Lunatic asylums in Bengal annual reports 1888-1898 - 1888-1898
Year: 1888
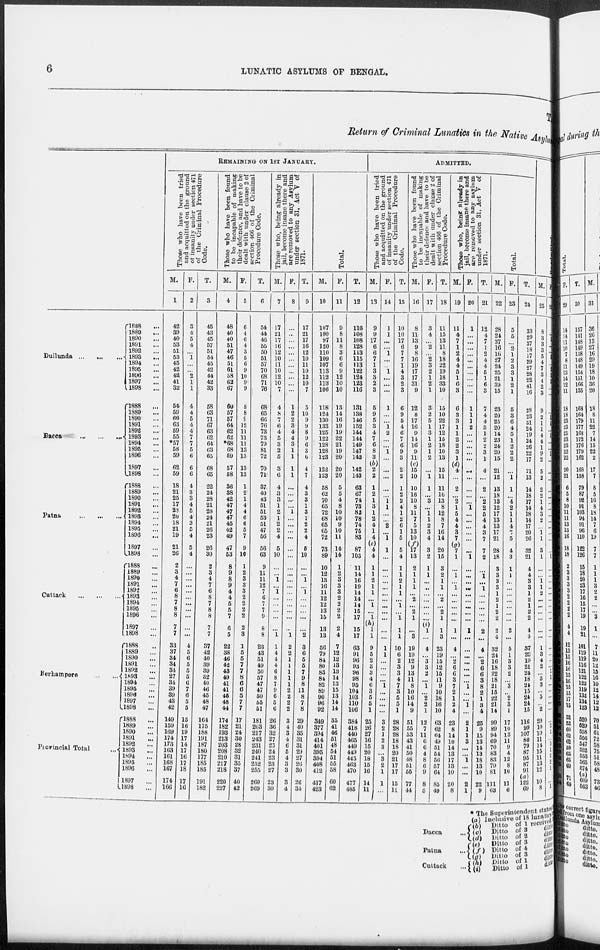
6
LUNATIC ASYLUMS OF BENGAL.
T
Return of Criminal Lunatics in the Native Asy1um
Dullunda
... ... ...
Dacca
...
...
...
Patna
...
...
...
Cuttack
...
...
...
Berhampore
...
...
Provincial Total
...
1888 ...
1889 ...
1890 ...
1891 ...
1892 ...
1893 ...
1894 ...
1895 ...
1896 ...
1897 ...
1898
...
1888 ...
1889 ...
1890 ...
1891 ...
1892 ...
1893 ...
1894 ...
1895 ...
1896 ...
1897 ...
1898 ...
1888 ...
1889 ...
1890 ...
1891 ...
1892 ...
1893 ...
1894 ...
1895 ...
1896 ...
1897 ...
1898 ...
1888 ...
1889 ...
1890 ...
1891 ...
1892 ...
1893 ...
1894 ...
1895 ...
1896 ...
1897 ...
1898 ...
1888 ...
1889 ...
1890 ...
1891 ...
1892 ...
1893 ...
1894 ...
1895 ...
1896 ...
1897 ...
1898 ...
1888 ...
1889 ...
1890 ...
1891 ...
1892 ...
1893 ...
1894 ...
1895 ...
1896 ...
1897 ...
1898
...
REMAINING ON 1ST JANUARY.
Those who have been tried
and acquitted on the ground
of insanity under section 471
of the Criminal Procedure
Code.
M.
1
42
39
40
53
51
53
45
42
42
41
32
54
59
66
63
59
55
*57
58
59
62
59
18
21
25
17
23
20
18
21
19
21
26
2
3
4
7
6
8
7
8
8
7
7
33
37
34
34
34
27
34
39
39
43
42
149
159
169
174
173
163
161
168
167
174
166
F.
2
3
4
5
4
...
1
...
... 2
1
1
4
4
5
4
4
7
7
5
6
6
6
4
3
3
4
5
4
3
5
4
5
4
...
... ...
...
...
...
...
...
...
...
...
4
5
6
5
5
5
6
7
6
5
5
15
16
19
17
14
17
16
17
18
17
16
T.
3
45
43
45
57
51
54
45
42
44
42
33
58
63
71
67
63
62
64
63
65
68
65
22
24
28
21
28
24
21
26
23
26
30
2
3
4
7
6
8
7
8
8
7
7
37
42
40
39
39
32
40
46
45
48
47
164
175
188
191
187
180
177
185
185
191
182
Those who have been found
to be incapable of making
their defence, and have to be
dealt with under clause 2 of
section 466 of the Criminal
Procedure Code.
M.
4
48
40
40
51
47
46
51
61
58
62
67
60
57
57
64
62
62
*68
68
59
57
58
36
38
42
47
47
47
45
42
49
47
53
8
9
8
9
4
4
5
5
7
6
5
22
38
46
42
43
49
41
41
45
48
44
174
182
193
213
203
208
210
217
218
220
227
F.
5
6
4
6
4
3
5
6
9
10
9
9
8
8
9
12
11
11
11
13
13
13
13
1
2
1
4
4
6
6
5
7
9
10
1
2
3
3
3
2
2
2
2
2
3
1
5
5
7
7
8
6
6
5
7
7
17
21
24
30
28
32
31
35
37
40
42
T.
6
54
44
46
55
50
51
57
70
68
71
76
68
65
66
76
73
73
79
81
72
70
71
37
40
43
51
51
53
51
47
56
56
63
9
11
11
12
7
6
7
7
9
8
8
23
43
51
49
50
57
47
47
50
55
51
181
203
217
243
231
240
241
252
255
260
269
Those who, being already in
jail, become insane there and
are removed to any Asylum
under section 31, Act V of
1871.
M.
7
17
21
17
16
12
10
11
10
12
10
7
4
8
7
6
4
5
3
2
5
3
6
4
3
3
1
2
1
2
2
4
5
10
...
...
1
...
1
...
...
...
...
...
1
1
4
4
4
6
8
7
9
6
5
6
26
36
32
27
25
24
23
23
27
23
30
F.
8
...
...
...
... ...
...
...
...
...
...
...
1
2
2
3
4
4
3
1
1
1
1
...
...
... ...
1
...
...
...
...
...
...
...
...
...
...
...
...
...
...
...
... 1
2
2
1
1
1
1
1
2
2
2
2
3
4
3
4
6
5
4
3
3
3
4
T.
9
17
21
17
16
12
10
11
10
12
10
7
5
10
9
9
8
9
6
3
6
4
7
4
3
3
1
3
1
2
2
4
6
10
...
...
1
... 1
...
...
...
...
... 2
3
6
5
5
7
9
8
11
8
7
8
29
40
35
31
31
29
27
26
30
26
34
Total.
M.
10
107
100
97
120
110
109
107
113
112
113
106
118
124
130
133
125
122
128
128
123
122
123
58
62
70
65
72
68
65
65
72
73
89
10
12
13
16
11
12
12
13
15
13
13
56
79
84
80
83
84
82
89
90
96
92
349
377
394
414
401
395
394
408
412
417
423
F.
11
9
8
11
8
3
6
6
9
12
10
10
13
14
16
19
19
22
21
19
20
20
20
5
5
4
8
10
10
9
10
11
14
14
1
2
3
3
3
2
2
2
2
2
4
7
12
12
13
13
14
13
15
13
14
14
35
41
46
51
48
54
51
55
58
60
62
T.
12
116
108
108
128
113
115
113
122
124
123
116
131
138
146
152
144
144
149
147
143
142
143
63
67
74
73
82
78
74
75
83
87
103
11
14
16
19
14
14
14
15
17
15
17
63
91
96
93
96
98
95
104
103
110
106
384
418
440
465
449
449
445
463
470
477
485
ADMITTED.
Those who have been tried
and acquitted on the ground
of insanity under section 471
of the Criminal Procedure
Code.
M.
13
9
9
17
6
6
7
1
3
3
2
3
5
9
5
3
4
7
6
8
3
(b)
2
2
1
2
1
3
1
2
4
1
4
<*>
4
4
1
1
2
1
1
...
1
...
1 (h)
1
1
9
5
2
3
3
4
6
3
5
5
1
25
26
27
16
15
20
18
15
16
14
11
F.
14
1
1
...
...
1
...
... 1
...
...
...
1
...
...
1
2
...
... 1
...
...
...
...
...
1 1
...
...
2
...
1
1
...
...
...
...
...
...
...
...
...
...
...
...
1
1
...
...
...
...
1
...
...
...
...
3
2
1
2
3
...
3
2
1
1
...
T.
15
10
10
17
6
7
7
1
4
3
2
3
6
9
5
4
6
7
6
9
3
2
2
1
2
2
4
1
2
6
1
5
5
4
1
1
2
1
1
...
1
...
1
1
1
10
6
2
3
3
4
7
3
5
5
1
28
28
28
18
18
20
21
17
17
15
11
Those who have been found
to be incapable of making
their defence and have to be
dealt with under clause 2 of
section 466 of the Criminal
Procedure Code.
M.
16
8
11
13
9
8
16
19
17
17
31
9
12
8
17
16
9
14
16
9
11
(c)
15
10
10
16
10
8
11
7
5
13
10
(f)
17
13
2
1
1
1
...
2
...
2
1
...
3
19
19
12
9
13
11
8
10
16
14
9
51
55
53
43
41
50
48
51
55
77
44
F.
17
3
4
...
2
...
2
3
2
1
2
1
3
2
5
1
3
1
2
1
2
...
1
1
...
3
...
1
1
2
3
4
3
2
1
1
...
...
...
...
...
...
(*) (i)
1
...
4
...
3
3
2
...
1
...
2
2
1
12
7
11
6
6
4
8
6
9
8
5
T.
18
11
15
13
11
8
18
22
19
18
33
10
15
10
22
17
12
15
18
10
13
15
11
11
16
13
8
12
8
7
16
14
20
15
3
2
1
1
...
2
...
2
1
1
3
23
19
15
12
15
11
9
10
18
16
10
63
62
64
49
51
54
56
57
64
85
49
Those who, being already in
jail, become insane there and
are removed to any asylum
under section 31, Act V of
1871.
M.
19
11
4
7
1
2
4
4
5
1
6
3
6
3
3
1
1
2
2
3
1
(d)
4
...
2
...
2
1
5
4
4
3
7
(g)
7
1
...
1
...
1
...
...
...
...
...
1
...
4
...
2
6
6
3
7
2
1
2
4
23
8
14
10
14
13
17
13
10
20
8
F.
20
1
...
...
...
...
...
...
...
...
...
...
1
1
1
2
...
...
...
...
...
...
...
...
...
...
1
...
...
...
...
...
...
1
...
...
...
...
...
...
...
...
...
1
...
...
...
...
...
...
...
1
...
...
1
...
2
1
1
3
...
...
1
...
...
2
1
T.
21
12
4
7
1
2
4
4
5
1
6
3
7
4
4
3
1
2
2
3
1
4
...
2
...
2
2
5
4
4
3
7
7
2
...
1
...
1
...
...
...
...
2
...
4
...
2
6
6
3
8
2
1
3
4
25
9
15
13
14
13
18
13
10
22
9
Total.
M.
22
28
24
37
16
16
27
24
25
21
39
15
23
20
25
20
14
23
24
20
15
21
12
13
18
13
12
17
13
13
17
21
28
18
3
3
3
3
1
2
1
2
2
2
4
32
24
16
18
22
18
21
15
22
21
14
99
89
94
69
70
83
83
79
81
111
63
F.
23
5
5
...
2
1
2
3
3
1
2
1
5
3
6
4
5
1
2
2
2
...
1
1
...
4
2
1
1
4
3
5
4
3
1
1
...
...
...
...
...
...
...
2
...
5
1
3
3
2
...
3
...
2
3
1
17
10
13
11
9
4
12
8
10
11
6
T.
24
33
29
37
18
17
29
27
28
22
41
16
28
23
31
24
19
24
26
22
17
21
13
14
18
17
14
18
14
17
20
26
32
21
4
4
3
3
1
2
1
2
2
4 4
37
25
19
21
24
18
24
15
24
24
15
116
99
107
80
79
87
95
87
91
(a)
122
69
M.
25
8
3
3
3
5
4
7
3
4
2
3
9
2
1
1
4
4
1
9
2
5
2
2
2
1
4
3
2
...
1 1
3
1
...
...
1
1
2
...
...
...
...
...
...
1
3
4
2
...
5
3
...
5
...
2
20
10
11
14
15
11
13
12
...
10
8
F.
26
...
...
...
...
...
...
...
...
...
...
...
...
1 1
...
1
...
...
1
...
...
...
...
...
...
...
...
...
...
...
...
...
1
...
...
...
...
...
...
...
...
...
...
...
...
...
...
...
1
1
...
...
...
...
...
...
1
...
5
1
2
2
1
...
...
1
* The Superintendent states
Dacca
...
Patna
...
Cuttuck
...
(a)
(b)
(c)
(d)
(e) (f)
(g) (h)
(i)
Inclusive of 10 lunatics
Ditto of 1 received
Ditto of 3
ditto
Ditto
of 2 ditto
Ditto of 3
ditto
Ditto of 4
ditto
Ditto of 3 ditto
Ditto
of 1 ditto
Ditto of 1 ditto